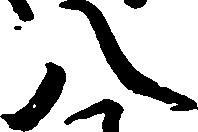
八